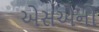
એસએનો